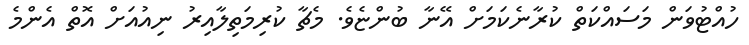
ހުއްޓުވަން މަސައްކަތް ކުރާނެކަމަށް އޭނާ ބުންޏެވެ. މެޗާ ކުރިމަތިލާއިރު ނިއުއަށް އޮތް އެންމެ